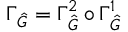
\Gamma _ { \hat { G } } = \Gamma _ { \hat { G } } ^ { 2 } \circ \Gamma _ { \hat { G } } ^ { 1 }